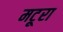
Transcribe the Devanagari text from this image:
मटूरा